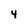
Character: 4